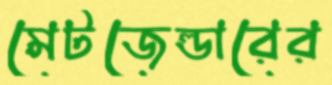
মেটজেল্ডারের